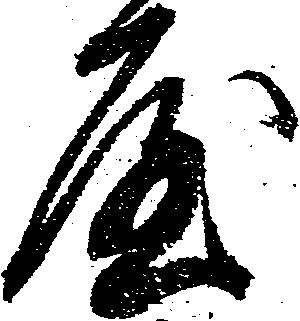
屋